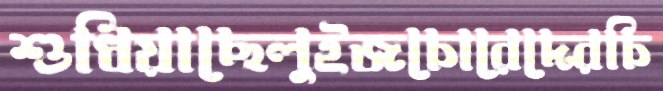
শুধিয়াছেলুইজচোরেদেরচি